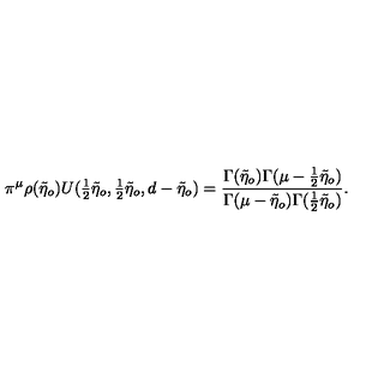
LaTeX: \pi ^ { \mu } \rho ( \tilde { \eta } _ { o } ) U ( { \textstyle { \frac { 1 } { 2 } } } \tilde { \eta } _ { o } , { \textstyle { \frac { 1 } { 2 } } } \tilde { \eta } _ { o } , d - \tilde { \eta } _ { o } ) = \frac { \Gamma ( \tilde { \eta } _ { o } ) \Gamma ( \mu - \frac { 1 } { 2 } \tilde { \eta } _ { o } ) } { \Gamma ( \mu - \tilde { \eta } _ { o } ) \Gamma ( \frac { 1 } { 2 } \tilde { \eta } _ { o } ) } .